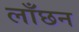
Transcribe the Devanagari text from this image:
लाँछन